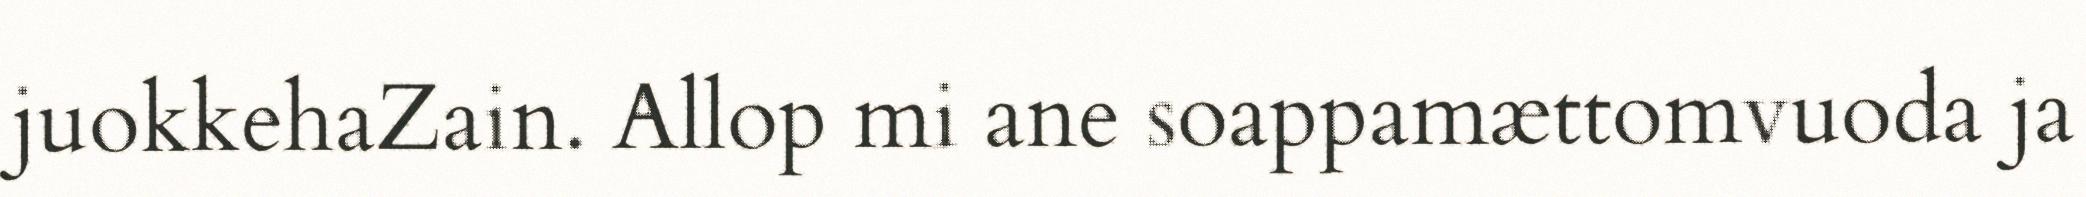
juokkehaZain. Allop mi ane soappamættomvuoda ja